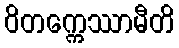
ဝိတက္ကေဿာမီတိ